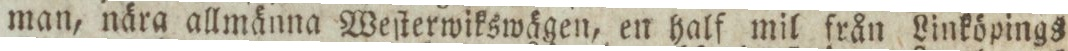
man, nära allmänna Weſterwikswägen, en half mil från Linköpings